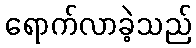
ရောက်လာခဲ့သည်